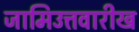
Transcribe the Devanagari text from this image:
जामिउत्तवारीख